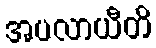
အပလာယီတိ